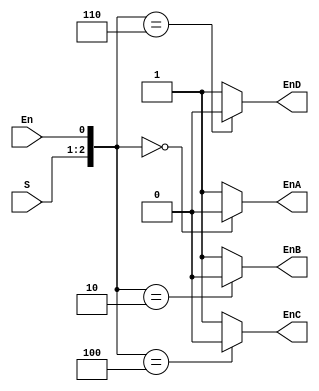
module demux_1_4(
    input [1:0] S,
    input En,
    output EnA,
    output EnB,
    output EnC,
    output EnD
    );
    assign EnA = {S[1],S[0],En} == 3'b000 ? 1'b0:1'b1;
    assign EnB = {S[1],S[0],En} == 3'b010 ? 1'b0:1'b1;
    assign EnC = {S[1],S[0],En} == 3'b100 ? 1'b0:1'b1;
    assign EnD = {S[1],S[0],En} == 3'b110 ? 1'b0:1'b1;
    
    
endmodule